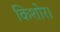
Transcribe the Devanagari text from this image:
किशोर।